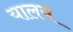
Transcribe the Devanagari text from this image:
यालय